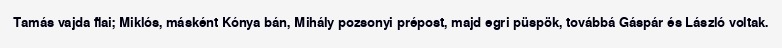
Tamás vajda fiai; Miklós, másként Kónya bán, Mihály pozsonyi prépost, majd egri püspök, továbbá Gáspár és László voltak.